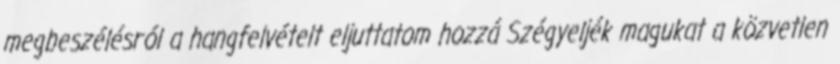
megbeszélésról a hangfelvételt eljuttatom hozzá Szégyeljék magukat a közvetlen